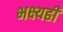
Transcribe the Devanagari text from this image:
भक्ष्यही